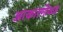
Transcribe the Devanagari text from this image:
आकारणीकडे